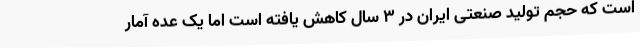
است که حجم تولید صنعتی ایران در ۳ سال کاهش یافته است اما یک عده آمار